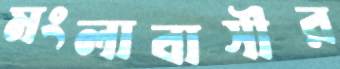
মংলাবাসীর